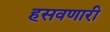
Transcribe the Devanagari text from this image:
हसवणारी